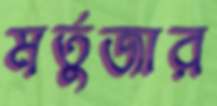
মর্তুজার